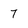
Character: 7